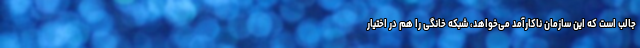
جالب است که این سازمان ناکارآمد می‌خواهد، شبکه خانگی را هم در اختیار